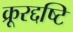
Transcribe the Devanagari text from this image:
क्रूरद्दष्टि